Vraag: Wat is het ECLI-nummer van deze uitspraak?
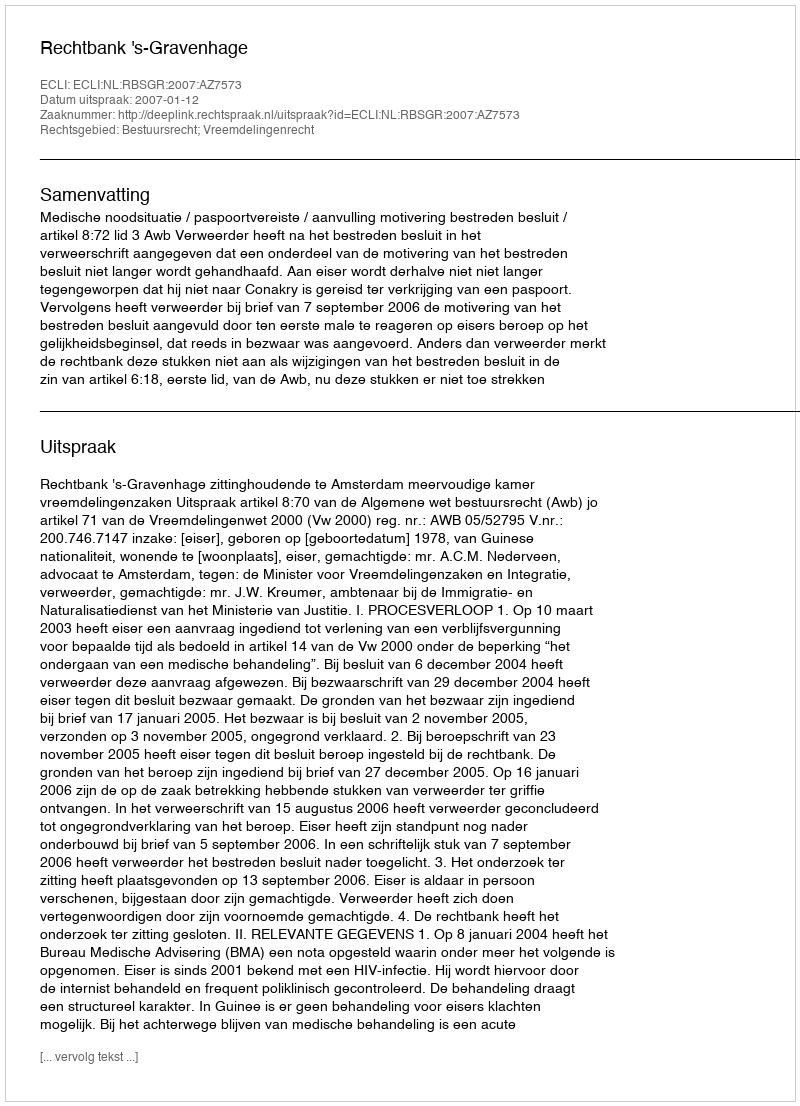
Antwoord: ECLI:NL:RBSGR:2007:AZ7573